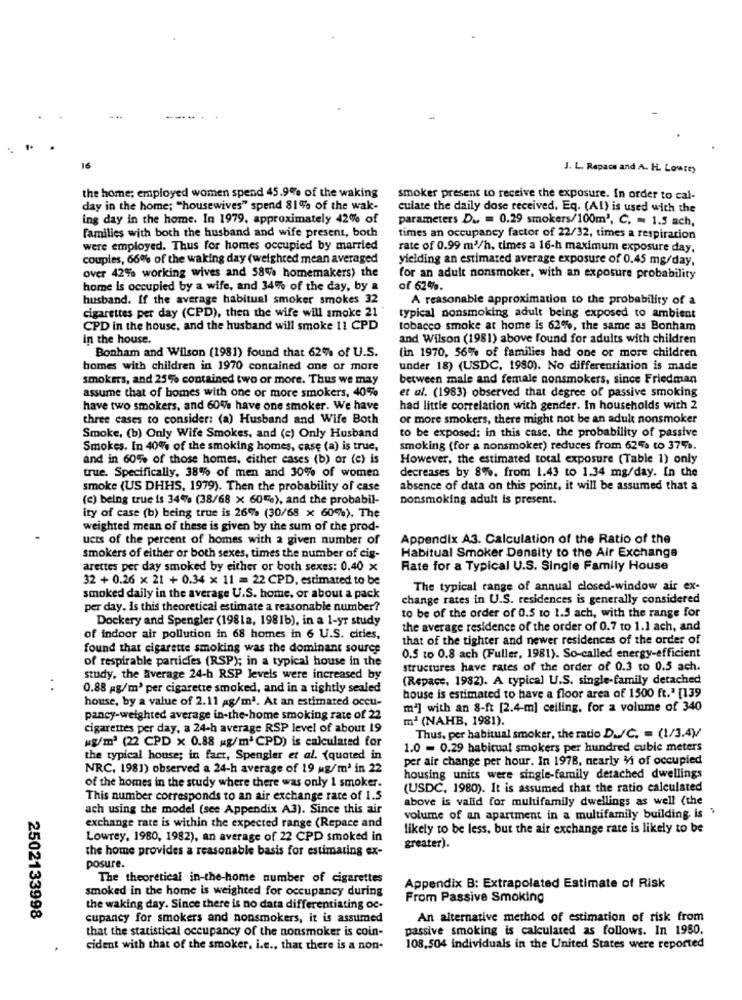
J. L. Repace and A. H. Lowrey
the home; employed women spend 45.9% of the waking
smoker present to receive the exposure. In order to cal-
day in the home; "housewives" spend 81% of the wak-
culate the daily dose received. Eq. (Al) is used with the
ing day in the home. In 1979. approximately 42% of
parameters Du == 0.29 smokers/100m'. C. = 1.5 ach,
Families with both the husband and wife present, both
times an occupancy factor of 22/32, times a respiration
were employed. Thus for homes occupied by married
rate of 0.99 m3/h, times a 16-h maximum exposure day,
couples, 66% of the waking day (weighted mean averaged
yielding an estimated average exposure of 0.45 mg/day,
over 42% working wives and 58% homemakers) the
for an adult nonsmoker, with an exposure probability
home is occupied by a wife, and 34% of the day, by a
of 62%.
husband. If the average habitual smoker smokes 32
A reasonable approximation to the probability of a
cigarettes per day (CPD), then the wife will smoke 21
typical nonsmoking adult being exposed to ambient
CPD in the house, and the husband will smoke 11 CPD
tobacco smoke at home is 62%, the same as Bonham
In the house.
and Wilson (1981) above found for adults with children
Bonham and Wilson (1981) found that 62% of U.S.
(in 1970, 56% of families had one or more children
bomes with children in 1970 contained one or more
under 18) (USDC, 1980). No differentiation is made
smokers, and 25% contained two or more. Thus we may
between male and female nonsmokers, since Friedman
assume that of homes with one or more smokers, 40%
et al. (1983) observed that degree of passive smoking
have two smokers, and 60% have one smoker. We have
had little correlation with gender. In households with 2
three cases to consider: (a) Husband and Wife Both
or more smokers, there might not be an adult nonsmoker
to be exposed: in this case, the probability of passive
Smoke, (b) Only Wife Smokes, and (e) Only Husband
Smokes. In 40% of the smoking homes, case (a) is true,
smoking (for a nonsmoker) reduces from 62% to 375%.
and in 60% of those homes, either cases (b) or (e) is
However, the estimated total exposure (Table 1) only
decreases by 8%. from 1.43 to 1.34 mg/day. In the
true. Specifically, 38% of men and 30% of women
smoke (US DHHS, 1979). Then the probability of case
absence of data on this point, it will be assumed that a
(c) being true is 34% (38/68 x 60%), and the probabil-
nonsmoking adult is present.
ity of case (b) being true is 26% (30/68 x 60%). The
weighted mean of these is given by the sum of the prod-
ucts of the percent of homes with 2 given number of
Appendix A3. Calculation of the Ratio of the
Habitual Smoker Density to the Air Exchange
smokers of either or both sexes, times the number of cig-
arettes per day smoked by either or both sexes: 0.40 x
Rate for a Typical U.S. Single Family House
32 + 0.26 x 21 + 0.34 x 11 = 22 CPD, estimated to be
The typical range of annual closed-window air ex-
smoked daily in the average U.S. home, or about a pack
change rates in U.S. residences is generally considered
per day. Is this theoretical estimate a reasonable number?
Dockery and Spengler (198La, 1981b), in a 1-yr study
to be of the order of 0.5 to 1.5 ach, with the range for
the average residence of the order of 0.7 to 1.1 ach, and
of indoor air pollution in 68 homes in 6 U.S. cities,
that of the tighter and newer residences of the order of
found that cigarette smoking was the dominant source
of respirable particles (RSP); in a typical house in the
0.5 to 0.8 ach (Fuller, 1981). So-called energy-efficient
structures have rates of the order of 0.3 to 0.5 ach.
study, the fiverage 24-h RSP levels were increased by
(Repace, 1982). A typical U.S. single-family detached
..
0.88 g/m3 per cigarette smoked, and in a tightly sealed
house, by a value of 2.11 ag/m2. At an estimated occu-
house is estimated to have a floor area of 1500 ft." [139
m2] with an 8-ft [2.4-m] ceiling, for a volume of 340
pancy-weighted average in-the-home smoking rate of 22
mª (NAHB, 1981).
cigarettes per day, a 24-h average RSP level of about 19
"g/m2 (22 CPD x 0.88 g/mªCPD) is calculated for
Thus, per habitual smoker, the ratio D./C. = (1/3.4)/
1.0 = 0.29 habitual smokers per hundred cubic meters
the typical house; in fact, Spengler et al. (quoted in
per air change per hour. In 1978, nearly 31 of occupied
NRC, 1981) observed a 24-h average of 19 g/m3 in 22
of the homes in the study where there was only 1 smoker.
housing units were single-family detached dwellings
(USDC, 1980). It is assumed that the ratio calculated
This number corresponds to an air exchange rate of 1.5
above is valid for multifamily dwellings as well (the
ach using the model (see Appendix A3). Since this air
volume of an apartment in a multifamily building is
exchange rate is within the expected range (Repace and
likely to be less, but the air exchange rate is likely to be
Lowrey, 1980, 1982), an average of 22 CPD smoked in
the home provides a reasonable basis for estimating ex-
greater).
posure.
The theoretical in-the-home number of cigarettes
smoked in the home is weighted for occupancy during
Appendix B: Extrapolated Estimate of Risk
From Passive Smoking
the waking day. Since there is no data differentiating oc-
2502133998
cupancy for smokers and nonsmokers, it is assumed
An alternative method of estimation of risk from
that the statistical occupancy of the nonsmoker is coin-
passive smoking is calculated as follows. In 1950.
cident with that of the smoker, i.e ., that there is a non-
108,504 individuals in the United States were reported